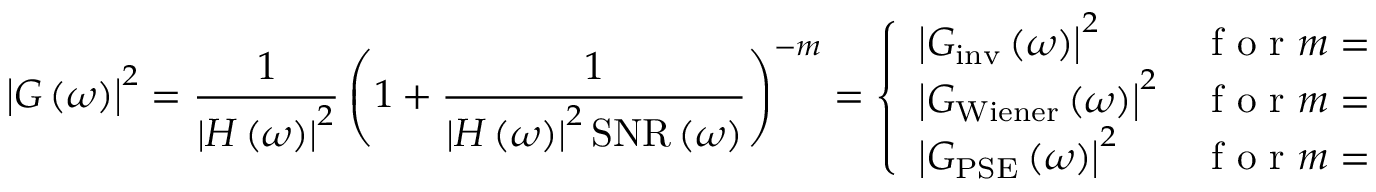
\bigl | G \left( \omega \right) \bigr | ^ { 2 } = \frac { 1 } { \left| H \left( \omega \right) \right| ^ { 2 } } \left( 1 + \frac { 1 } { \left| H \left( \omega \right) \right| ^ { 2 } \mathrm { S N R } \left( \omega \right) } \right) ^ { - m } = \left\{ \begin{array} { l l } { \bigl | G _ { \mathrm { i n v } } \left( \omega \right) \bigr | ^ { 2 } } & { \mathrm { ~ f ~ o ~ r ~ } m = 0 , } \\ { \bigl | G _ { \mathrm { W i e n e r } } \left( \omega \right) \bigr | ^ { 2 } } & { \mathrm { ~ f ~ o ~ r ~ } m = 1 , } \\ { \bigl | G _ { \mathrm { P S E } } \left( \omega \right) \bigr | ^ { 2 } } & { \mathrm { ~ f ~ o ~ r ~ } m = 2 . } \end{array} \right.